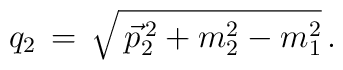
q_2\,=\,\sqrt{\,\vec p_2^{\,2}+m_2^2-m_1^2}\,.